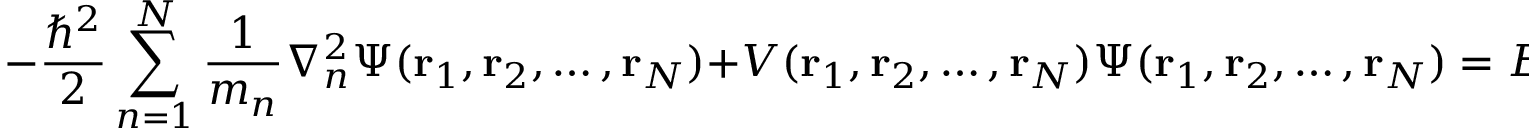
- { \frac { \hbar ^ { 2 } } { 2 } } \sum _ { n = 1 } ^ { N } { \frac { 1 } { m _ { n } } } \nabla _ { n } ^ { 2 } \Psi ( \mathbf { r } _ { 1 } , \mathbf { r } _ { 2 } , \ldots , \mathbf { r } _ { N } ) + V ( \mathbf { r } _ { 1 } , \mathbf { r } _ { 2 } , \ldots , \mathbf { r } _ { N } ) \Psi ( \mathbf { r } _ { 1 } , \mathbf { r } _ { 2 } , \ldots , \mathbf { r } _ { N } ) = E \Psi ( \mathbf { r } _ { 1 } , \mathbf { r } _ { 2 } , \ldots , \mathbf { r } _ { N } )